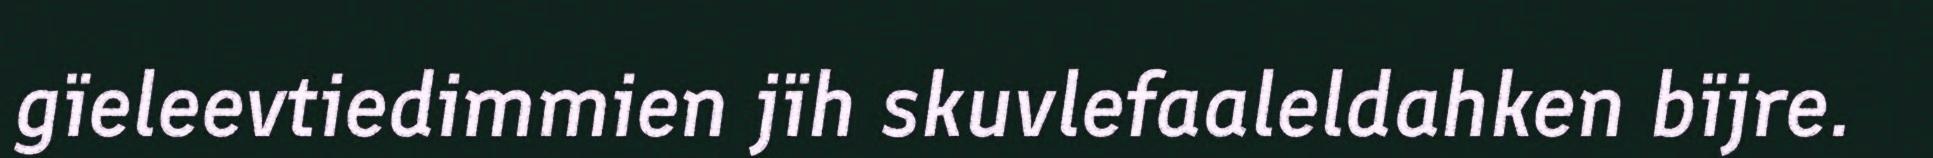
gïeleevtiedimmien jïh skuvlefaaleldahken bïjre.